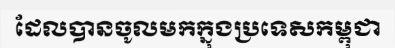
ដែលបានចូលមកក្នុងប្រទេសកម្ពុជា